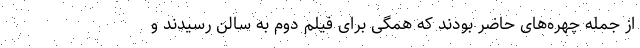
از جمله چهره‌های حاضر بودند که همگی برای فیلم دوم به سالن رسیدند و